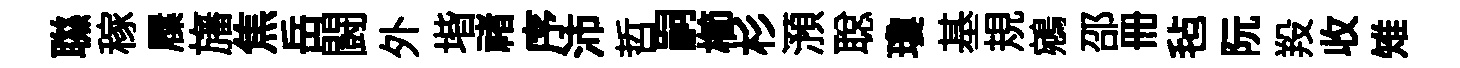
聮稼屧旛焦岳闘外堦禇序沛哲嗣櫛杉澦聪瓊基規鵷邵册毡阮羖收雉